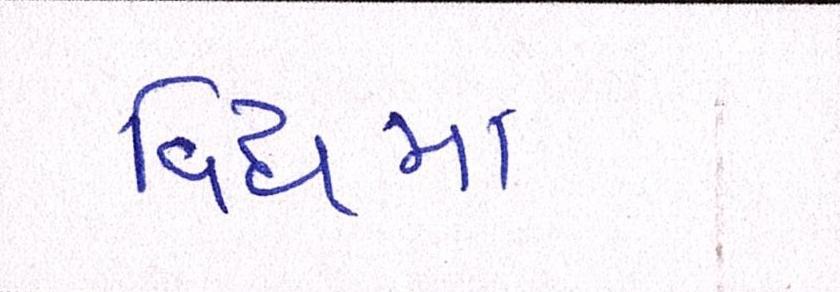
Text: વિધ્ધમાં